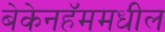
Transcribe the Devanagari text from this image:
बेकेनहॅममधील